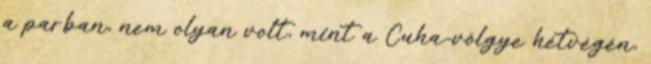
a parban, nem olyan volt, mint a Cuha-völgye hétvégén,